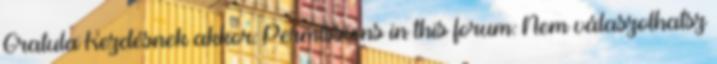
Gratula Kezdésnek akkor: Permissions in this forum: Nem válaszolhatsz